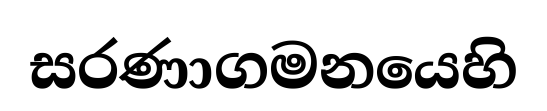
සරණාගමනයෙහි